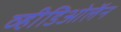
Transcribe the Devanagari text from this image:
व्हीडिओलॅन